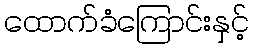
ထောက်ခံကြောင်းနှင့်